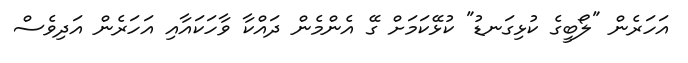
އަހަރެން "ލޯބީގެ ކުޅިގަނޑު" ކުޅޭކަމަށް ގޭ އެންމެން ދައްކާ ވާހަކައާއި އަހަރެން އަދިވެސް